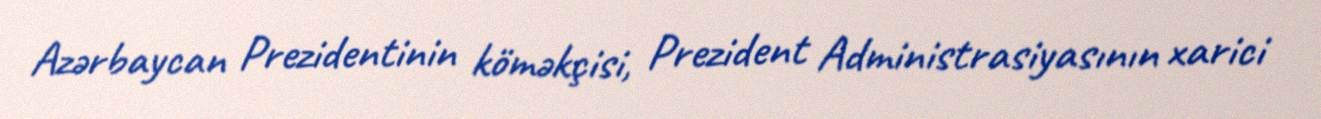
Azərbaycan Prezidentinin köməkçisi, Prezident Administrasiyasının xarici